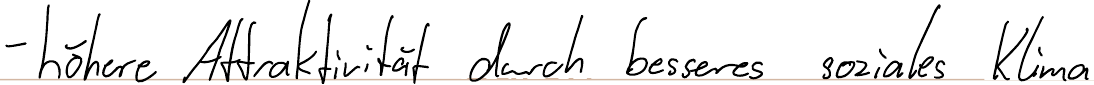
- höhere Attraktivität durch besseres soziales Klima